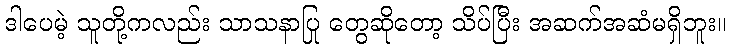
ဒါပေမဲ့ သူတို့ကလည်း သာသနာပြု တွေဆိုတော့ သိပ်ပြီး အဆက်အဆံမရှိဘူး။